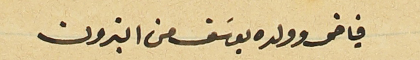
فياض وولده يوسَف من البترون